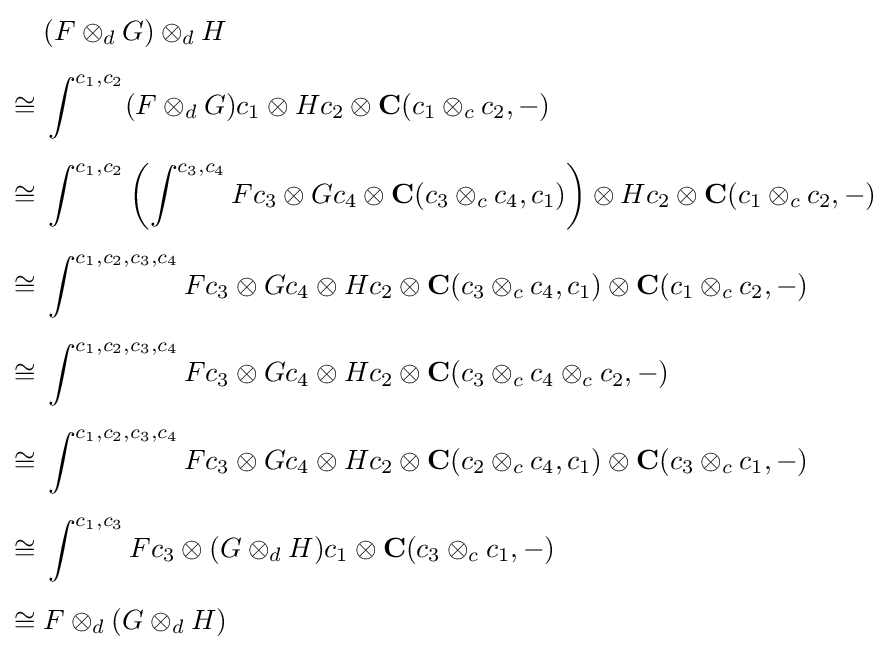
{\begin{aligned}&(F\otimes _{d}G)\otimes _{d}H\\[5pt]\cong {}&\int ^{c_{1},c_{2}}(F\otimes _{d}G)c_{1}\otimes Hc_{2}\otimes \mathbf {C} (c_{1}\otimes _{c}c_{2},-)\\[5pt]\cong {}&\int ^{c_{1},c_{2}}\left(\int ^{c_{3},c_{4}}Fc_{3}\otimes Gc_{4}\otimes \mathbf {C} (c_{3}\otimes _{c}c_{4},c_{1})\right)\otimes Hc_{2}\otimes \mathbf {C} (c_{1}\otimes _{c}c_{2},-)\\[5pt]\cong {}&\int ^{c_{1},c_{2},c_{3},c_{4}}Fc_{3}\otimes Gc_{4}\otimes Hc_{2}\otimes \mathbf {C} (c_{3}\otimes _{c}c_{4},c_{1})\otimes \mathbf {C} (c_{1}\otimes _{c}c_{2},-)\\[5pt]\cong {}&\int ^{c_{1},c_{2},c_{3},c_{4}}Fc_{3}\otimes Gc_{4}\otimes Hc_{2}\otimes \mathbf {C} (c_{3}\otimes _{c}c_{4}\otimes _{c}c_{2},-)\\[5pt]\cong {}&\int ^{c_{1},c_{2},c_{3},c_{4}}Fc_{3}\otimes Gc_{4}\otimes Hc_{2}\otimes \mathbf {C} (c_{2}\otimes _{c}c_{4},c_{1})\otimes \mathbf {C} (c_{3}\otimes _{c}c_{1},-)\\[5pt]\cong {}&\int ^{c_{1},c_{3}}Fc_{3}\otimes (G\otimes _{d}H)c_{1}\otimes \mathbf {C} (c_{3}\otimes _{c}c_{1},-)\\[5pt]\cong {}&F\otimes _{d}(G\otimes _{d}H)\end{aligned}}